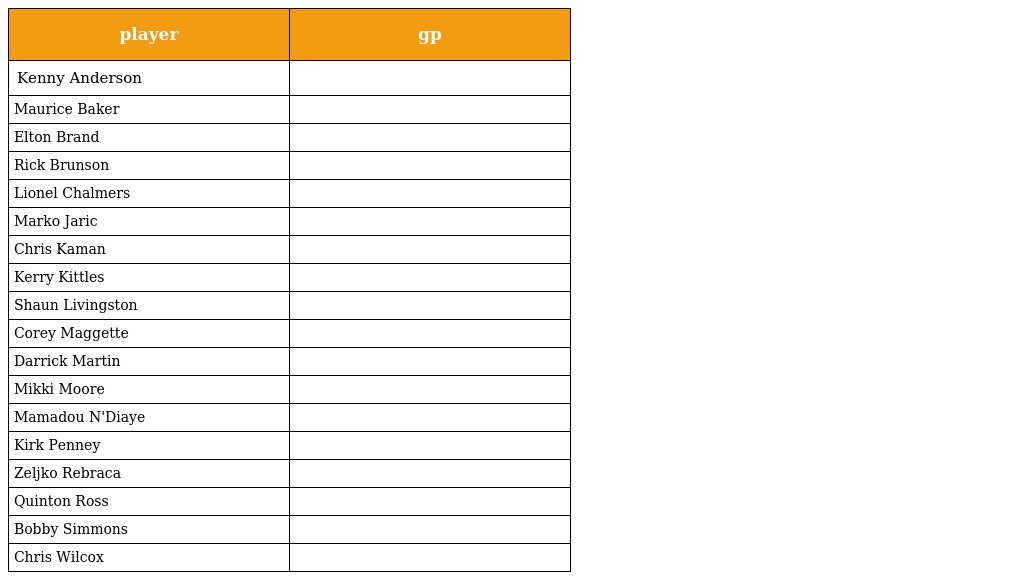
| player | gp |
 | --- | --- |
 | Kenny Anderson |  |
 | Maurice Baker |  |
 | Elton Brand |  |
 | Rick Brunson |  |
 | Lionel Chalmers |  |
 | Marko Jaric |  |
 | Chris Kaman |  |
 | Kerry Kittles |  |
 | Shaun Livingston |  |
 | Corey Maggette |  |
 | Darrick Martin |  |
 | Mikki Moore |  |
 | Mamadou N'Diaye |  |
 | Kirk Penney |  |
 | Zeljko Rebraca |  |
 | Quinton Ross |  |
 | Bobby Simmons |  |
 | Chris Wilcox |  |